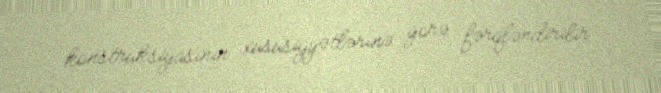
konstruksiyasının xüsusiyyətlərinə görə fərqləndirilir.